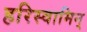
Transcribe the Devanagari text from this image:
हरिस्वामिन्